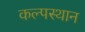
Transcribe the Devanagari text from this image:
कल्पस्थान